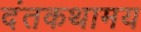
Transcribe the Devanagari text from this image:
दंतकथामय